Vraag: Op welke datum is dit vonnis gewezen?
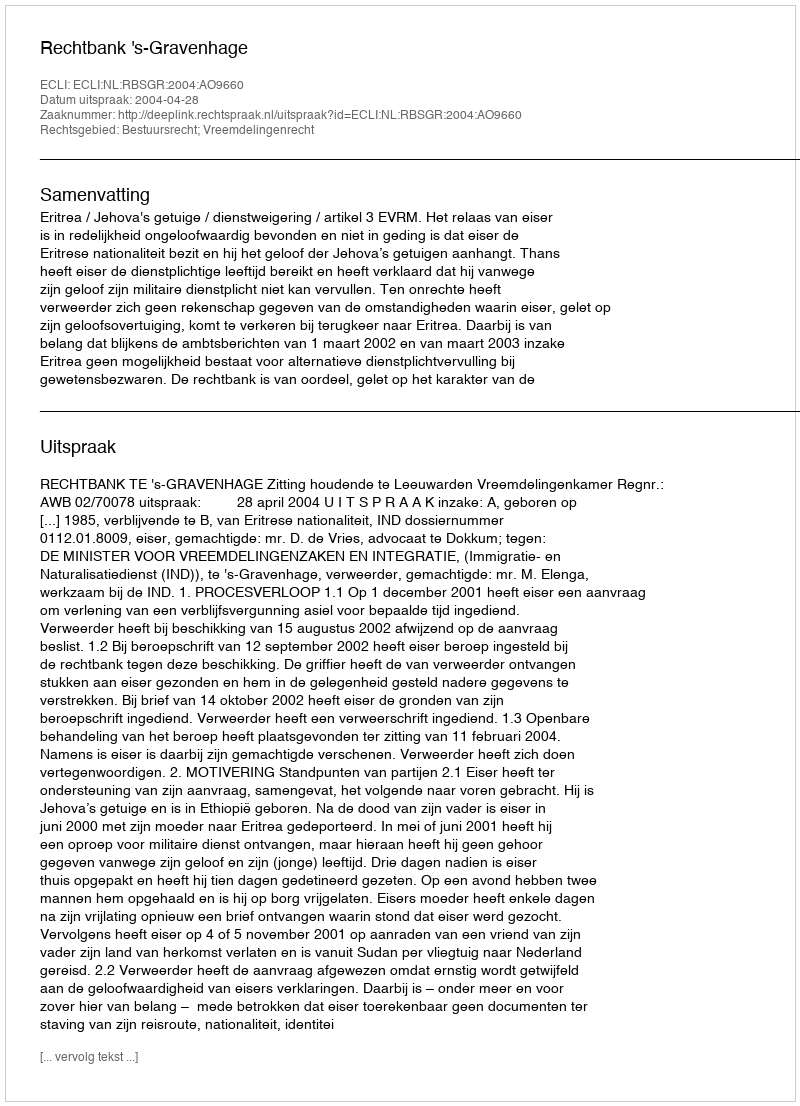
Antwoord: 2004-04-28